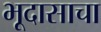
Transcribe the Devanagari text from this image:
भूदासाचा